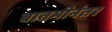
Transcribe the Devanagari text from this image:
बातमीनंतर